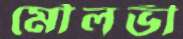
মৌলভী